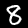
Label: 8